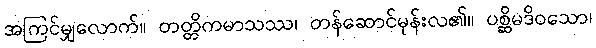
အကြင်မျှလောက်။ တတ္တိကမာသဿ၊ တန်ဆောင်မုန်းလ၏။ ပစ္ဆိမဒိဝသော၊